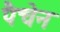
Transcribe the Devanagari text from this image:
पैचेन